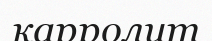
карролит